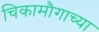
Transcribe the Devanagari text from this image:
चिकामौगाच्या